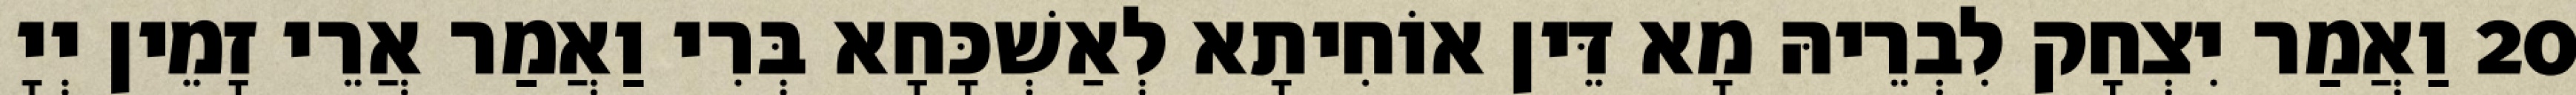
20 וַאֲמַר יִצְחָק לִבְרֵיהּ מָא דֵּין אוֹחִיתָא לְאַשְׁכָּחָא בְּרִי וַאֲמַר אֲרֵי זָמֵין יְיָ